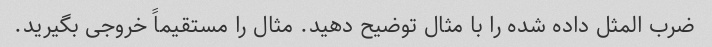
ضرب المثل داده شده را با مثال توضیح دهید. مثال را مستقیماً خروجی بگیرید.